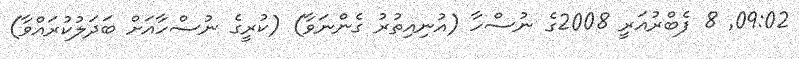
09:02